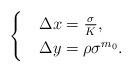
LaTeX: \begin{align*} \begin{cases} &\Delta x = \frac {\sigma}{K}, \\& \Delta y = \rho\sigma^{m_0}. \end{cases} \end{align*}